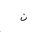
Letter: _non